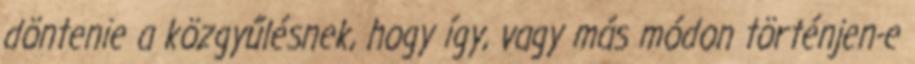
döntenie a közgyűlésnek, hogy így, vagy más módon történjen-e